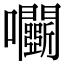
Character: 𡆏